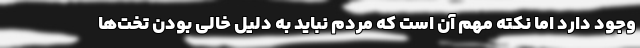
وجود دارد اما نکته مهم آن است که مردم نباید به دلیل خالی بودن تخت‌ها